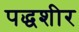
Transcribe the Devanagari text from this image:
पद्धशीर